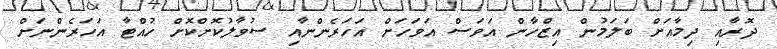
ދޮރާއި ދިމާއަށް ބަލަމުން އިޒްހާން އަވަސް އަވަހަށް އަހަރެންނާއި ސުވާލުކޮށްކޮށް ހުއްޓާ އަހަރެންނަށް